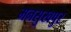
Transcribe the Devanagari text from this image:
मनसुखपुर